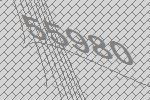
55980